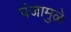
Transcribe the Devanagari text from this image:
पंजामुळे